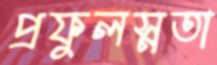
প্রফুলস্নতা